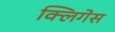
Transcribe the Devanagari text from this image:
क्लिगेस